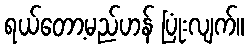
ရယ်တော့မည်ဟန် ပြုံးလျက်။